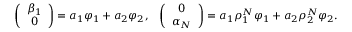
\begin{array} { r l r } & { \left( \begin{array} { c } { \beta _ { 1 } } \\ { 0 } \end{array} \right) = a _ { 1 } \varphi _ { 1 } + a _ { 2 } \varphi _ { 2 } , } & { \left( \begin{array} { c } { 0 } \\ { \alpha _ { N } } \end{array} \right) = a _ { 1 } \rho _ { 1 } ^ { N } \varphi _ { 1 } + a _ { 2 } \rho _ { 2 } ^ { N } \varphi _ { 2 } . } \end{array}